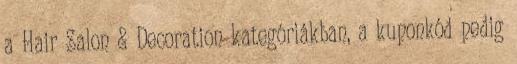
a Hair Salon & Decoration kategóriákban, a kuponkód pedig